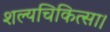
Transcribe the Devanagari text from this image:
शल्यचिकित्सा।